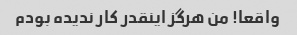
واقعا! من هرگز اینقدر کار ندیده بودم